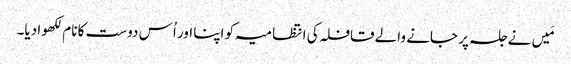
مَیں نے جلسہ پر جانے والے قافلہ کی انتظامیہ کو اپنا اور اُس دوست کا نام لکھوا دیا۔